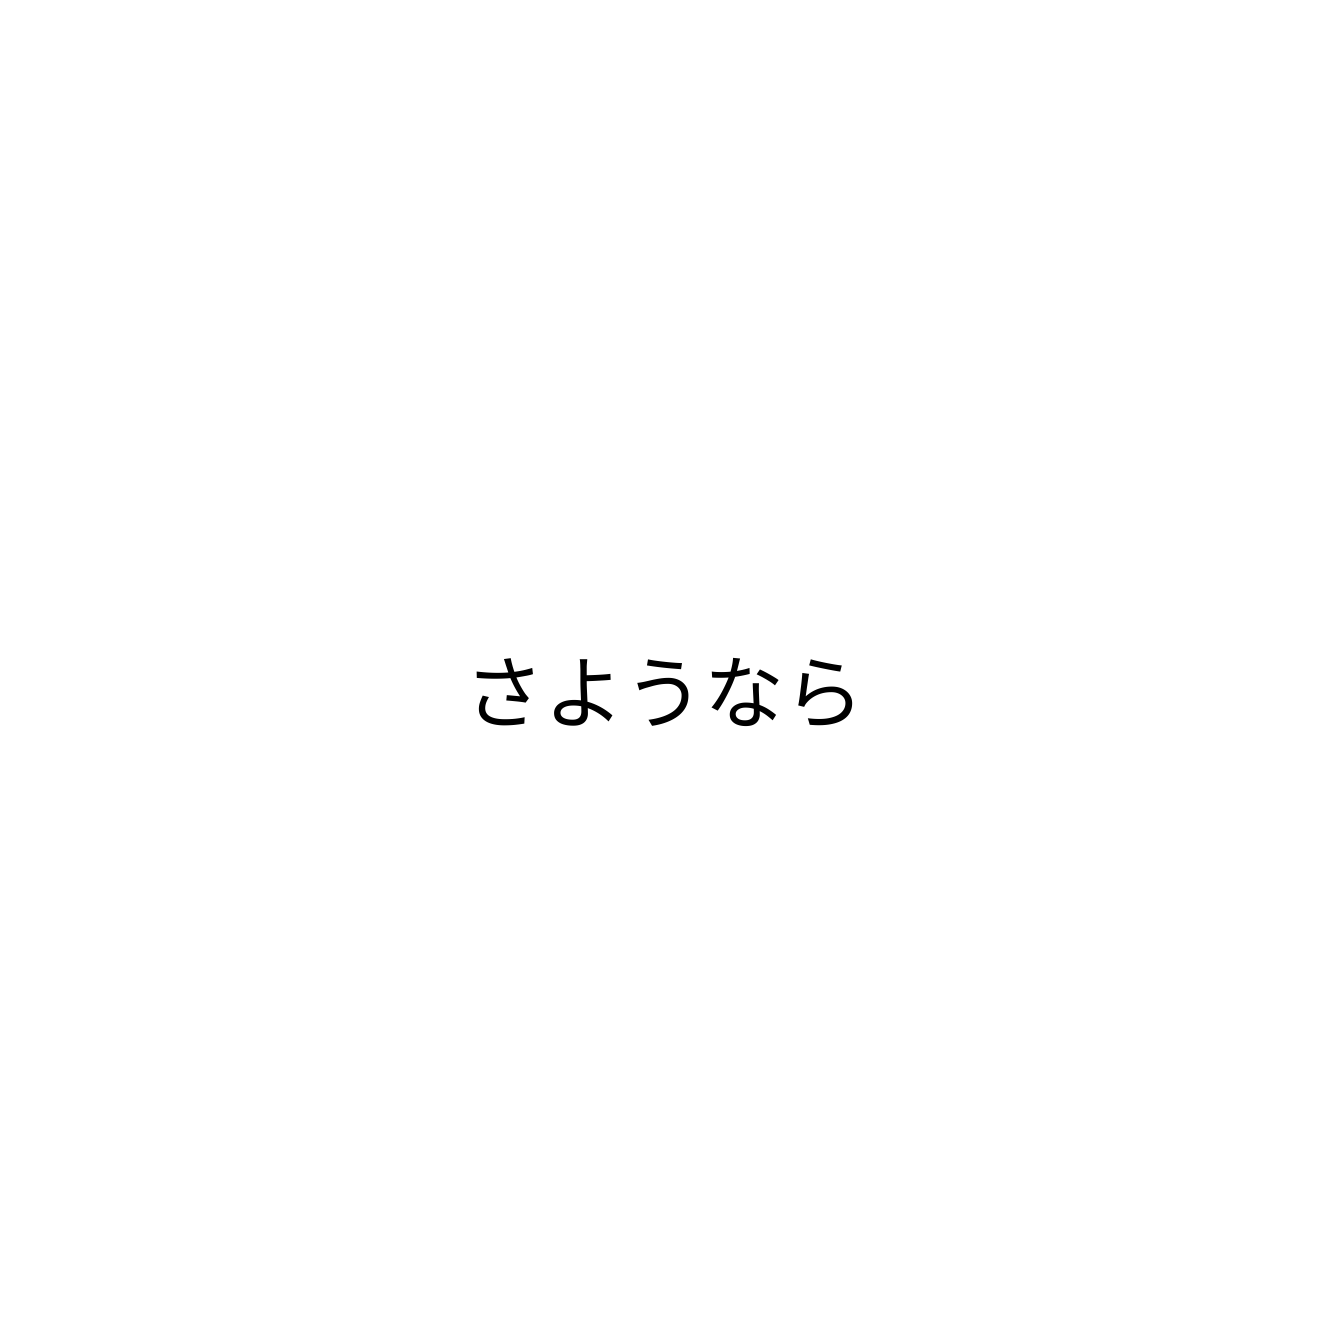
さようなら